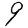
Digit: 9